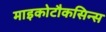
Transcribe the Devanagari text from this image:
माइकोटौकसिन्स